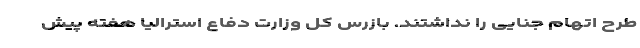
طرح اتهام جنایی را نداشتند. بازرس کل وزارت دفاع استرالیا هفته پیش